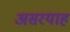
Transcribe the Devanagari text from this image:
असरयाह